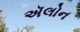
ઍલોન